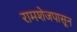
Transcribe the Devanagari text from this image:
रामशेजपासून